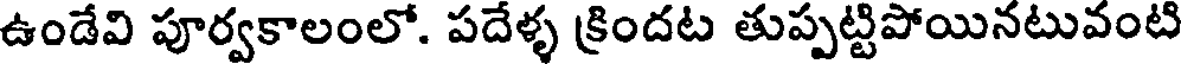
ఉండేవి పూర్వకాలంలో. పదేళ్ళ క్రిందట తుప్పట్టిపోయినటువంటి